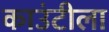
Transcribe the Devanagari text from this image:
काउंटीला